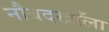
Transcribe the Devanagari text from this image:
नौबदखाँला